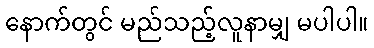
နောက်တွင် မည်သည့်လူနာမျှ မပါပါ။